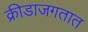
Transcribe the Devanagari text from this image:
क्रीडाजगतात